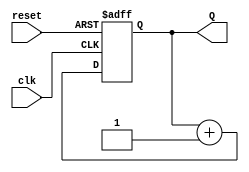
module binary_counter #(
    parameter N = 3 // Number of bits for the counter (default is 3)
)(
    input wire clk,        // Clock input
    input wire reset,      // Active-high reset input
    output reg [N-1:0] Q   // Output count
);

    // Sequential logic for the counter
    always @(posedge clk or posedge reset) begin
        if (reset) begin
            Q <= 0; // Reset the counter to 0
        end else begin
            Q <= Q + 1; // Increment the counter
        end
    end

endmodule